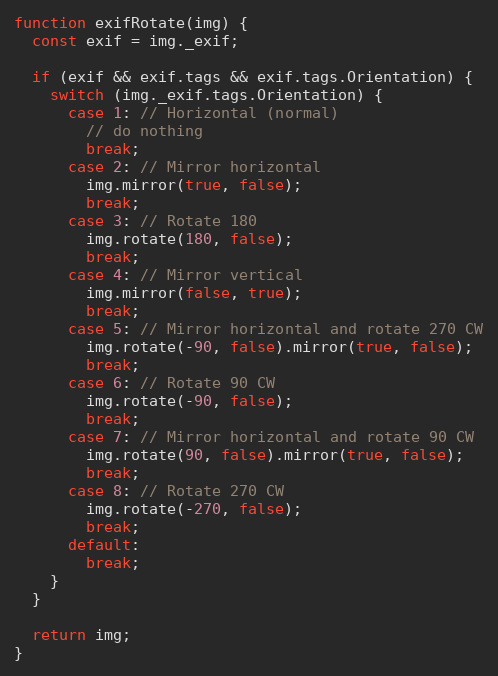
Language: JavaScript
function exifRotate(img) {
  const exif = img._exif;

  if (exif && exif.tags && exif.tags.Orientation) {
    switch (img._exif.tags.Orientation) {
      case 1: // Horizontal (normal)
        // do nothing
        break;
      case 2: // Mirror horizontal
        img.mirror(true, false);
        break;
      case 3: // Rotate 180
        img.rotate(180, false);
        break;
      case 4: // Mirror vertical
        img.mirror(false, true);
        break;
      case 5: // Mirror horizontal and rotate 270 CW
        img.rotate(-90, false).mirror(true, false);
        break;
      case 6: // Rotate 90 CW
        img.rotate(-90, false);
        break;
      case 7: // Mirror horizontal and rotate 90 CW
        img.rotate(90, false).mirror(true, false);
        break;
      case 8: // Rotate 270 CW
        img.rotate(-270, false);
        break;
      default:
        break;
    }
  }

  return img;
}